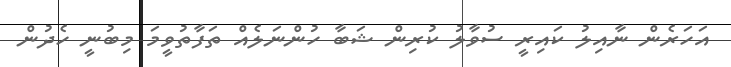
އަހަރެން ނާއިލު ކައިރީ ސުވާލު ކުރިން ޝަބާ ހުންނަލެއް ތަފާތުވީމަ މިބުނީ ހެދުން